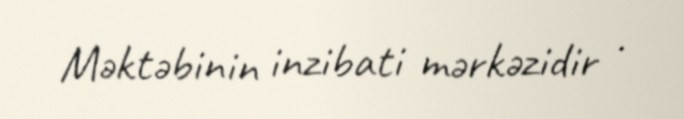
Məktəbinin inzibati mərkəzidir .